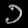
Digit: ၁